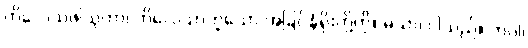
ကိလေသဖါသုကာ၊ ကိလေသာဟူသော အခြင်နံရိုးတို့ကို။ မယာ၊ ငါသည်။ ဘဂ္ဂါ၊